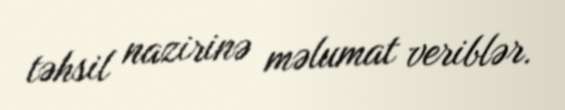
təhsil nazirinə məlumat veriblər.